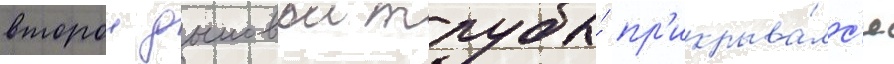
второи дымовои трубы́ пр'икрыва́лс'я